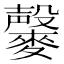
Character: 𪍱